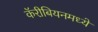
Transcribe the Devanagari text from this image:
कॅरीबियनमध्ये